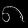
Digit: ၈